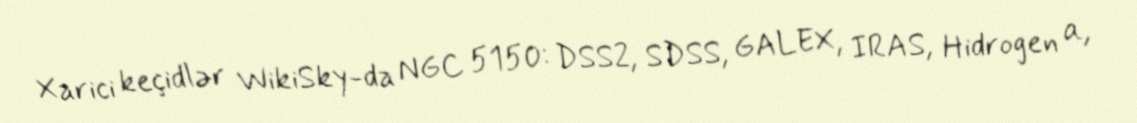
Xarici keçidlər WikiSky-da NGC 5150: DSS2, SDSS, GALEX, IRAS, Hidrogen α,